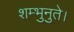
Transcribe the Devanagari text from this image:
शम्भुनुते।